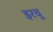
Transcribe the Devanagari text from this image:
इरवु